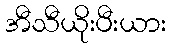
အီသီယိုးပီးယား